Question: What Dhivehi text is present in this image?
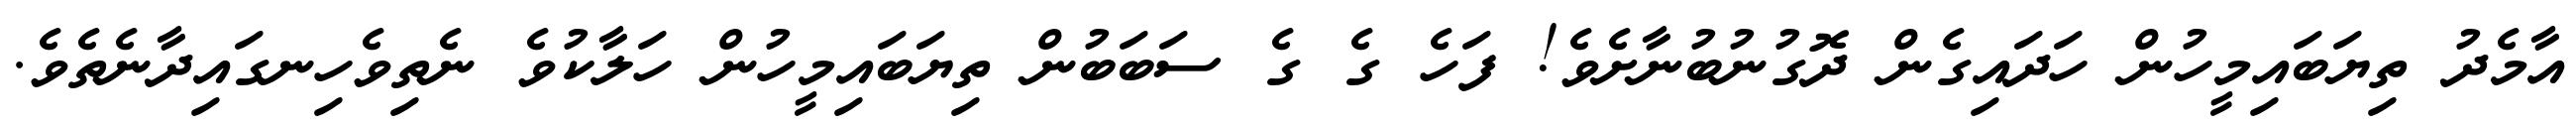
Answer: އާމެދު ތިޔަބައިމީހުން ހަދައިގެން ދޮގުނުބުނާށެވެ! ފަހެ ގެ ގެ ސަބަބުން ތިޔަބައިމީހުން ހަލާކުވެ ނެތިވެހިނގައިދާނެތެވެ.